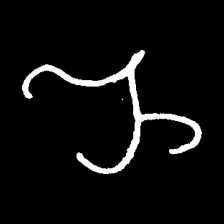
Pyu character \u2014 Myanmar letter: ည (romanized: nya)